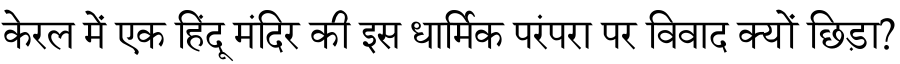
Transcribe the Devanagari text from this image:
केरल में एक हिंदू मंदिर की इस धार्मिक परंपरा पर विवाद क्यों छिड़ा?